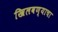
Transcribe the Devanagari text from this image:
खिलवण्याचा